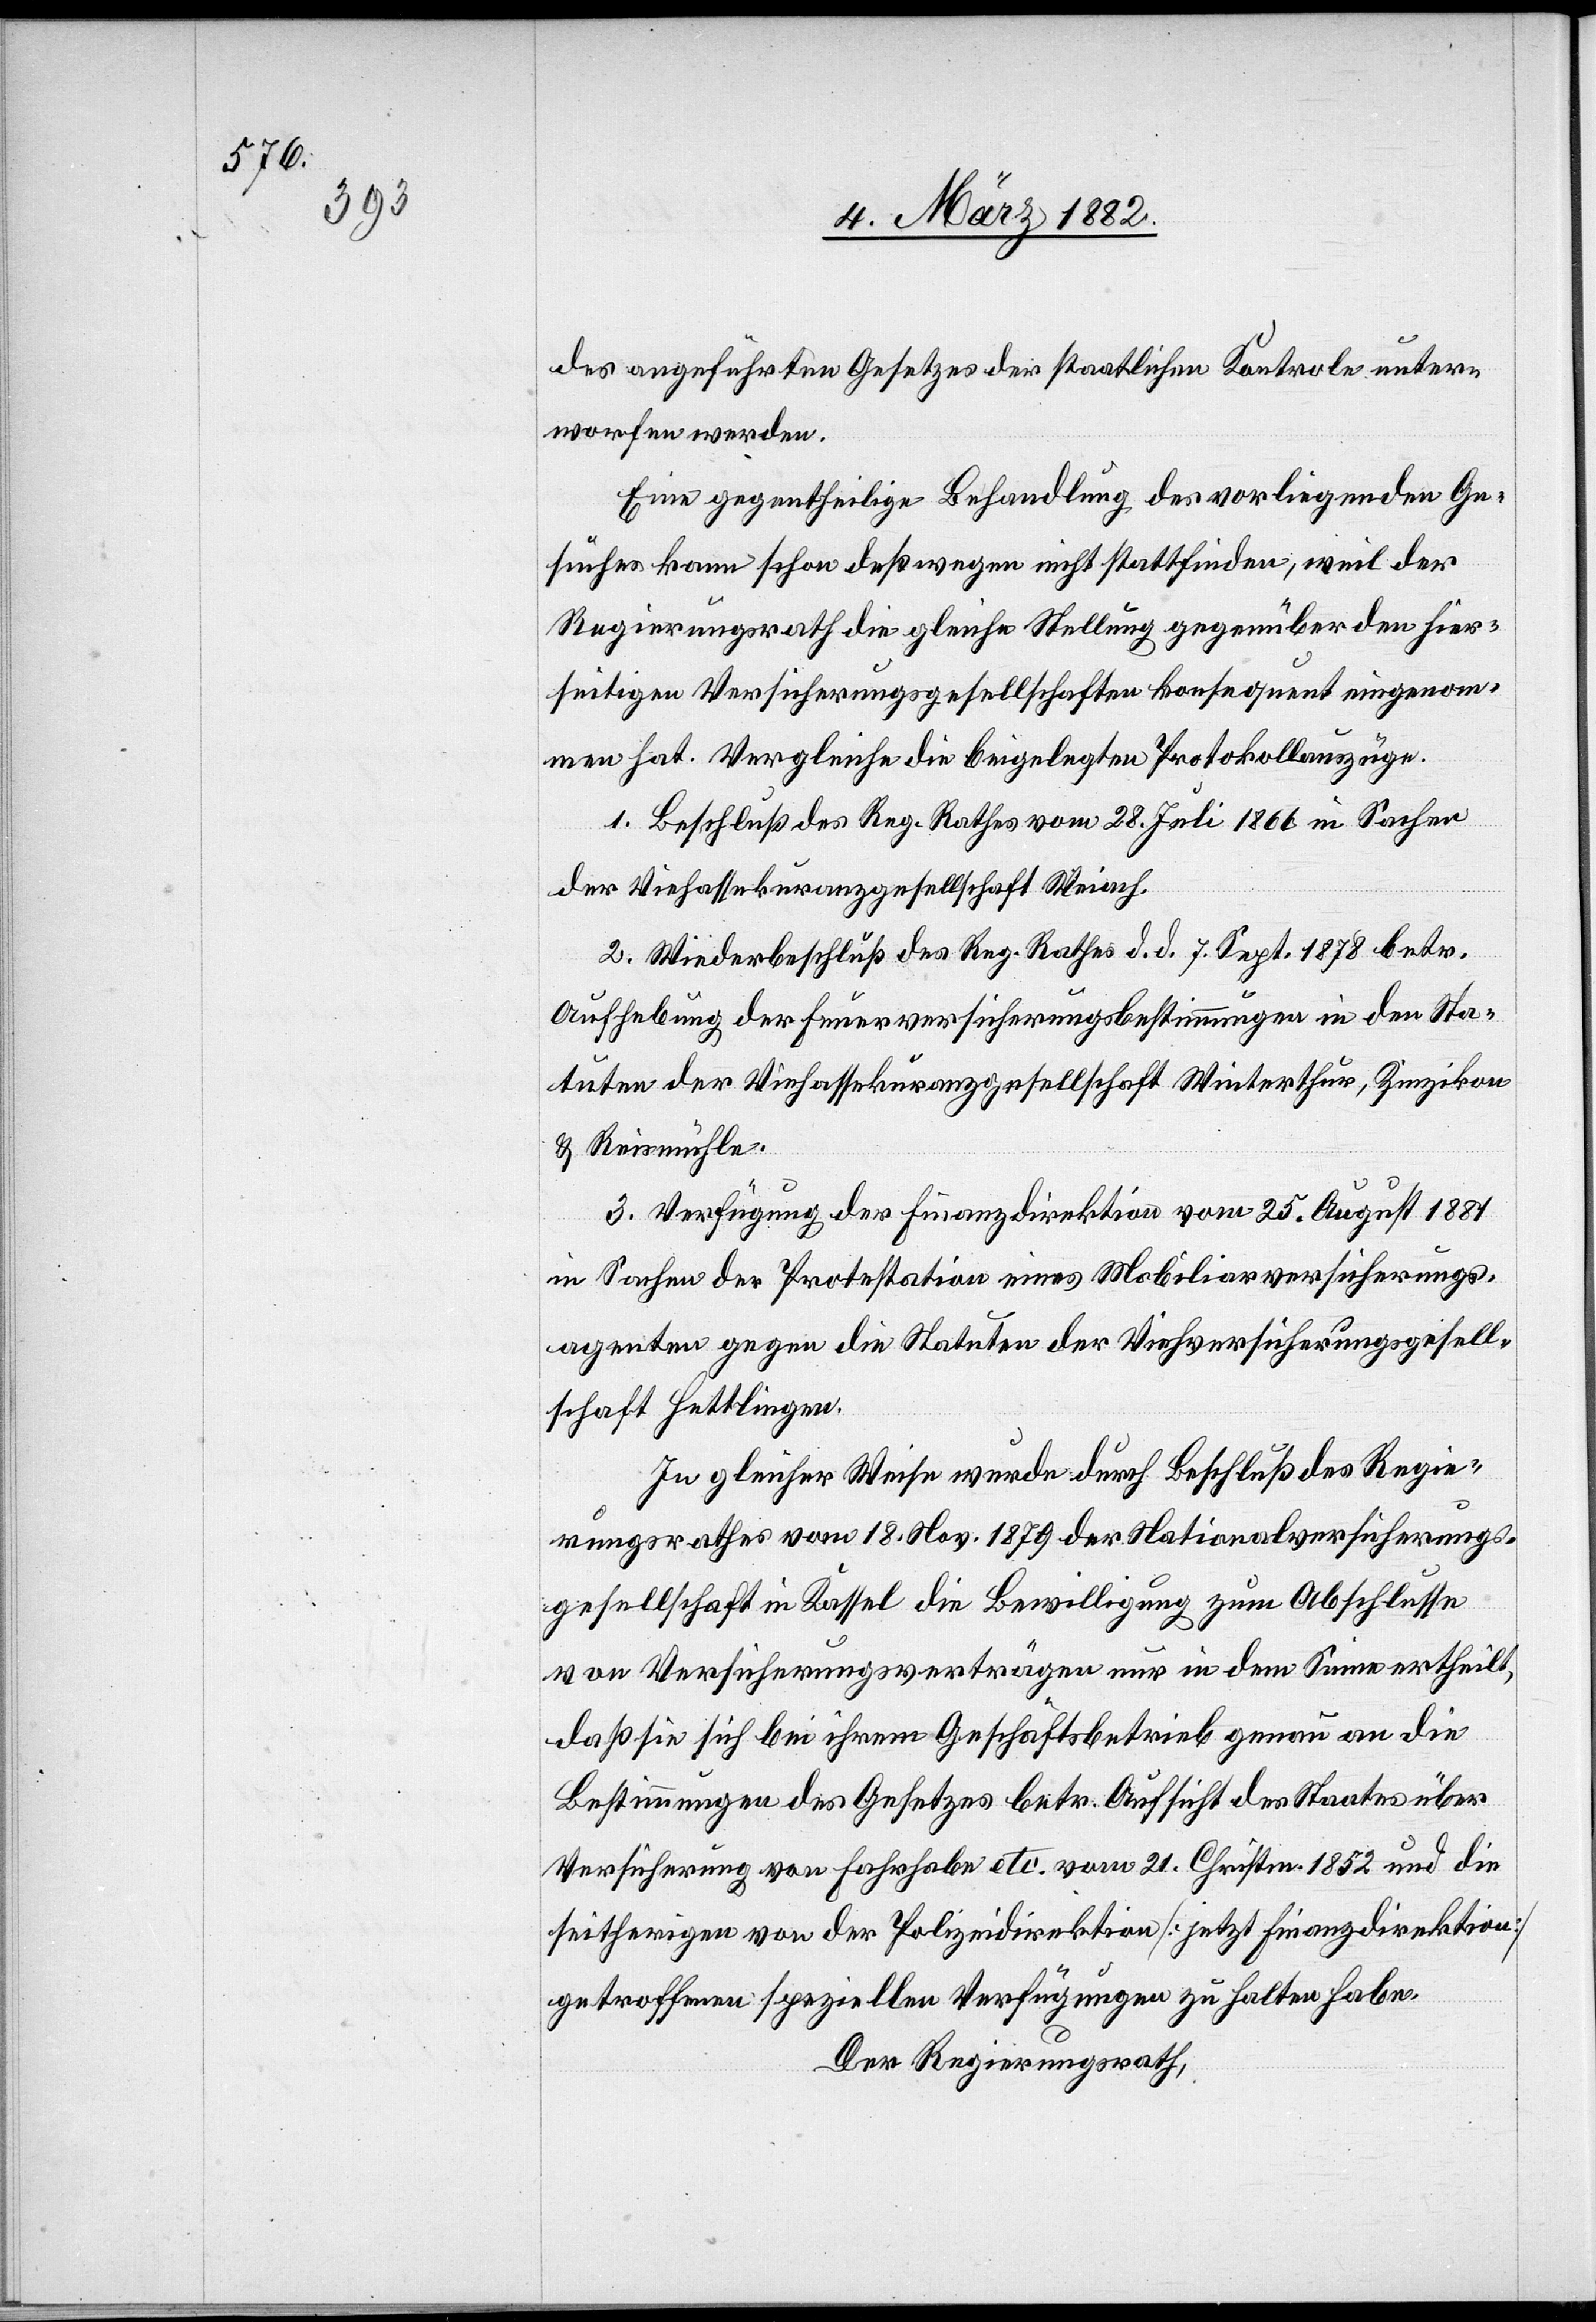
des angeführten Gesetzes der staatlichen Kontrole unter¬
worfen werden.
Eine gegentheilige Behandlung des vorliegenden Ge¬
suches kann schon deßwegen nicht stattfinden, weil der
Regierungsrath die gleiche Stellung gegenüber den hier¬
seitigen Versicherungsgesellschaften konsequent eingenom¬
men hat. Vergleiche die beigelegten Protokollauszüge.
1. Beschluß des Reg. Rathes vom 28. Juli 1866 in Sachen
der Viehassekuranzgesellschaft Weiach.
2. Wiederbeschluß des Reg. Rathes d. d. 7. Sept. 1878 betr.
Aufhebung der Feuerversicherungsbestimmungen in den Sta¬
tuten der Viehassekuranzgesellschaft Winterthur, Zinzikon
& Reismühle.
3. Verfügung der Finanzdirektion vom 25. August 1881
in Sachen der Protestation eines Mobiliarversicherungs¬
agenten gegen die Statuten der Viehversicherungsgesell¬
schaft Hettlingen.
In gleicher Weise wurde durch Beschluß des Regie¬
rungsrathes vom 18. Nov. 1879 der Nationalversicherungs¬
gesellschaft in Kassel die Bewilligung zum Abschlusse
von Versicherungsverträgen nur in dem Sinne ertheilt,
daß sie sich bei ihrem Geschäftsbetrieb genau an die
Bestimmungen des Gesetzes betr. Aufsicht des Staates über
Versicherung von Fahrhabe etc. vom 21. Fristen 1852 und die
seitherige von der Polizeidirektion [jetzt Finanzdirektion]
getroffenen speziellen Verfügungen zu halten habe.
Der Regierungsrath